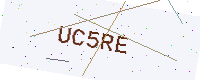
Text: UC5RE